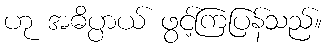
ဟု အဓိပ္ပာယ် ဖွင့်ကြပြန်သည်။